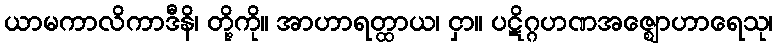
ယာမကာလိကာဒီနိ၊ တို့ကို။ အာဟာရတ္ထာယ၊ ငှာ။ ပဋိဂ္ဂဟဏအဇ္ဈောဟာရေသု၊